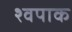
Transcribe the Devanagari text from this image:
श्वपाक